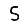
Digit: 5